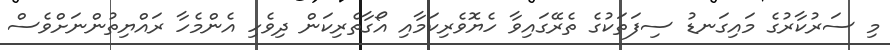
މި ސަރުކާރުގެ މައިގަނޑު ސިފަތަކުގެ ތެރޭގައިވާ ހެޔޮވެރިކަމާއި އޯގާތެރިކަން ދިވެހި އެންމެހާ ރައްޔިތުންނަށްވެސް